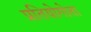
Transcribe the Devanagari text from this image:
प्रतियोगोता